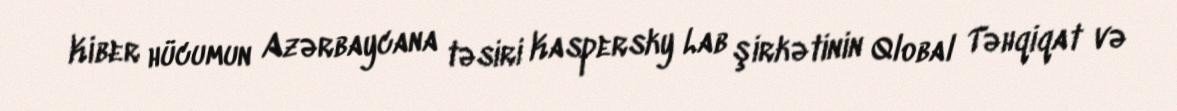
Kiber hücumun Azərbaycana təsiri Kaspersky Lab şirkətinin Qlobal Təhqiqat və